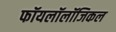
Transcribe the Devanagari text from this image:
फॉयलॉलॉजिकल